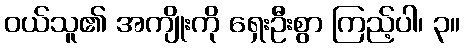
ဝယ်သူ၏ အကျိုးကို ရှေးဦးစွာ ကြည့်ပါ၊ ၃။